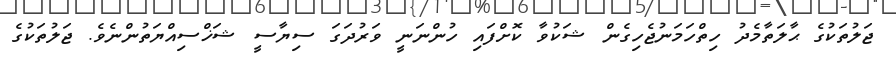
ޖަލުތަކުގެ ޙާލަތާމެދު ހިތްހަމަނުޖެހިގެން ޝަކުވާ ކޮށްފައި ހުންނަނީ ވަރުދަގަ ސިޔާސީ ޝަޚްސިއްޔަތުންނެވެ. ޖަލުތަކުގެ